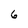
Character: 6